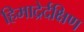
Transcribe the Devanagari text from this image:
हिमाद्रेर्दक्षिण